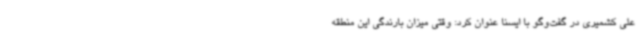
علی کشمیری در گفت‌وگو با ایسنا عنوان کرد: وقتی میزان بارندگی این منطقه